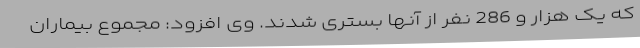
که یک هزار و 286 نفر از آنها بستری شدند. وی افزود: مجموع بیماران